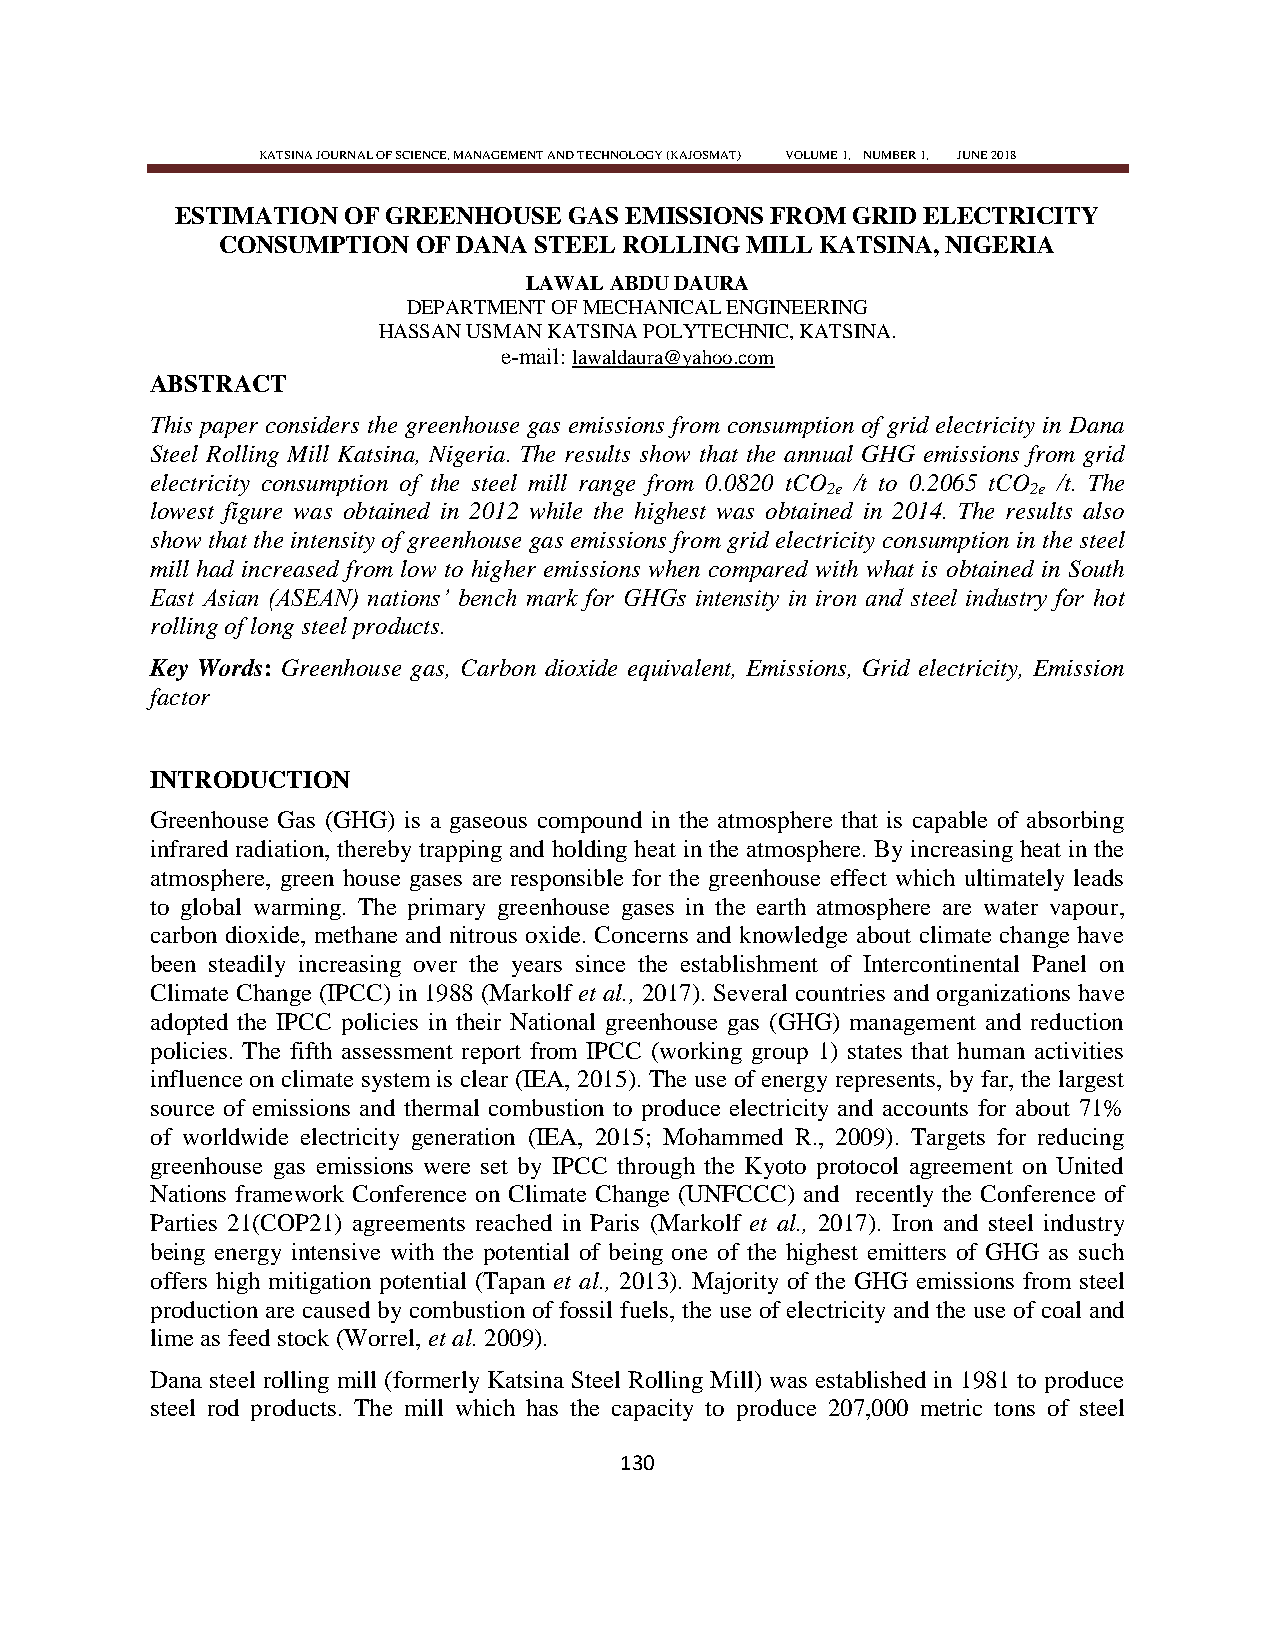
KATSINA JOURNAL OF SCIENCE, MANAGEMENT AND TECHNOLOGY (KAJOSMAT) VOLUME 1, NUMBER 1, JUNE 2018
 ESTIMATION OF GREENHOUSE  GAS EMISSIONS FROM GRID ELECTRICITY
 CONSUMPTION  OF DANA STEEL ROLLING MILL KATSINA, NIGERIA
 LAWAL ABDU DAURA
 DEPARTMENT OF MECHANICAL ENGINEERING
 HASSAN USMAN KATSINA POLYTECHNIC, KATSINA.
 e-mail: lawaldaura@yahoo.com
 ABSTRACT
 This paper considers the greenhouse gas emissions from consumption of grid electricity in Dana
 Steel Rolling Mill Katsina, Nigeria. The results show that the annual GHG emissions from grid
 electricity consumption of the steel mill range from 0.0820 tCO /t to 0.2065 tCO /t. The
 2e           2e
 lowest figure was obtained in 2012 while the highest was obtained in 2014. The results also
 show that the intensity of greenhouse gas emissions from grid electricity consumption in the steel
 mill had increased from low to higher emissions when compared with what is obtained in South
 East Asian (ASEAN) nations‘ bench mark for GHGs intensity in iron and steel industry for hot
 rolling of long steel products.
 Key Words: Greenhouse gas, Carbon dioxide equivalent, Emissions, Grid electricity, Emission
 factor
 INTRODUCTION
 Greenhouse Gas (GHG) is a gaseous compound in the atmosphere that is capable of absorbing
 infrared radiation, thereby trapping and holding heat in the atmosphere. By increasing heat in the
 atmosphere, green house gases are responsible for the greenhouse effect which ultimately leads
 to global warming. The primary greenhouse gases in the earth atmosphere are water vapour,
 carbon dioxide, methane and nitrous oxide. Concerns and knowledge about climate change have
 been steadily increasing over the years since the establishment of Intercontinental Panel on
 Climate Change (IPCC) in 1988 (Markolf et al., 2017). Several countries and organizations have
 adopted the IPCC policies in their National greenhouse gas (GHG) management and reduction
 policies. The fifth assessment report from IPCC (working group 1) states that human activities
 influence on climate system is clear (IEA, 2015). The use of energy represents, by far, the largest
 source of emissions and thermal combustion to produce electricity and accounts for about 71%
 of worldwide electricity generation (IEA, 2015; Mohammed R., 2009). Targets for reducing
 greenhouse gas emissions were set by IPCC through the Kyoto protocol agreement on United
 Nations framework Conference on Climate Change (UNFCCC) and recently the Conference of
 Parties 21(COP21) agreements reached in Paris (Markolf et al., 2017). Iron and steel industry
 being energy intensive with the potential of being one of the highest emitters of GHG as such
 offers high mitigation potential (Tapan et al., 2013). Majority of the GHG emissions from steel
 production are caused by combustion of fossil fuels, the use of electricity and the use of coal and
 lime as feed stock (Worrel, et al. 2009).
 Dana steel rolling mill (formerly Katsina Steel Rolling Mill) was established in 1981 to produce
 steel rod products. The mill which has the capacity to produce 207,000 metric tons of steel
 130